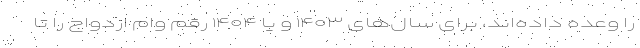
را وعده داده‌اند، برای سال‌های ۱۴۰۳ و یا ۱۴۰۴ رقم وام ازدواج را تا